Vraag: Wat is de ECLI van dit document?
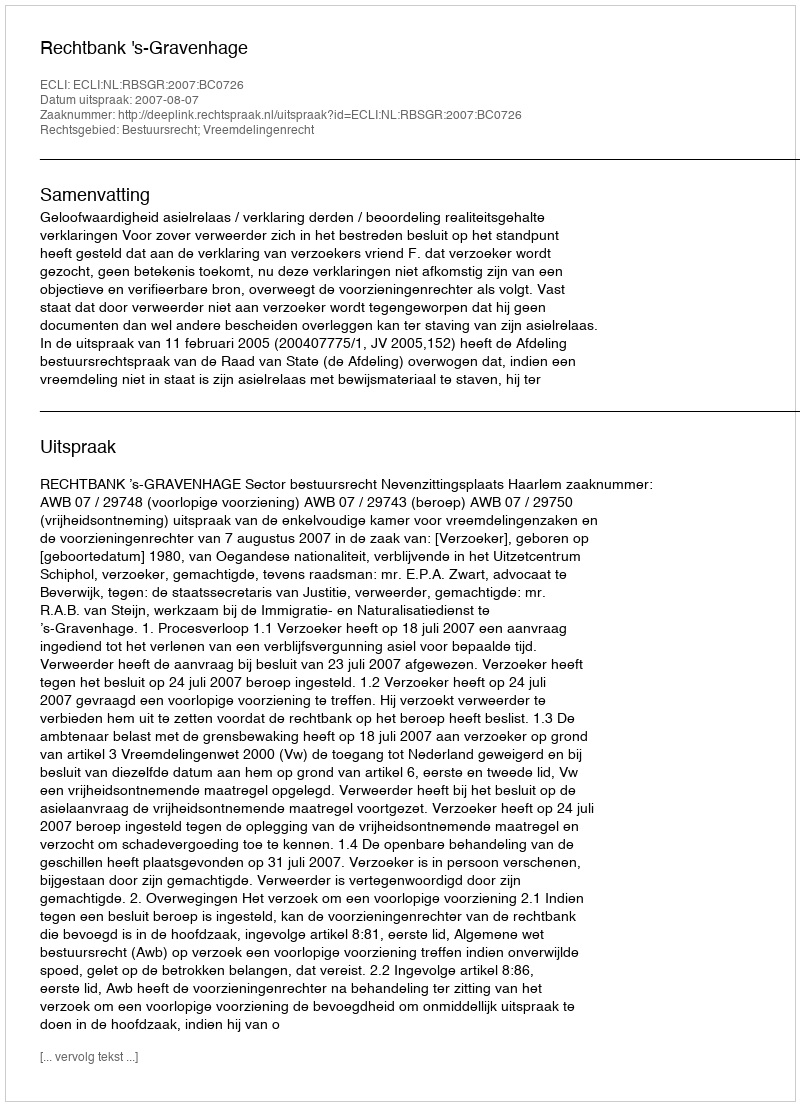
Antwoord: ECLI:NL:RBSGR:2007:BC0726